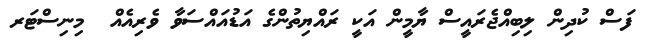
ފަސް ކުދިން ލިބިއްޖެރައީސް ޔާމީން އަކީ ރައްޔިތުންގެ އަޑުއައްސަވާ ވެރިއެއް  މިނިސްޓަރ